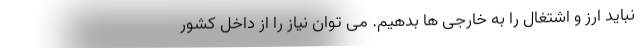
نباید ارز و اشتغال را به خارجی ها بدهیم. می توان نیاز را از داخل کشور